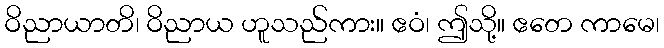
ဝိညာယာတိ၊ ဝိညာယ ဟူသည်ကား။ ဧဝံ၊ ဤသို့။ ဧတေ ကာမေ၊